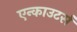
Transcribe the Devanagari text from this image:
एन्काउटर्स